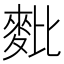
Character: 𪌈